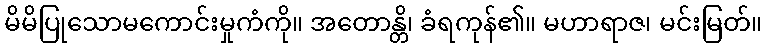
မိမိပြုသောမကောင်းမှုကံကို။ အတောန္တိ၊ ခံရကုန်၏။ မဟာရာဇ၊ မင်းမြတ်။